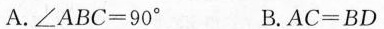
A.$$∠ A B C = 9 0 °$$ B.$$A C = B D$$